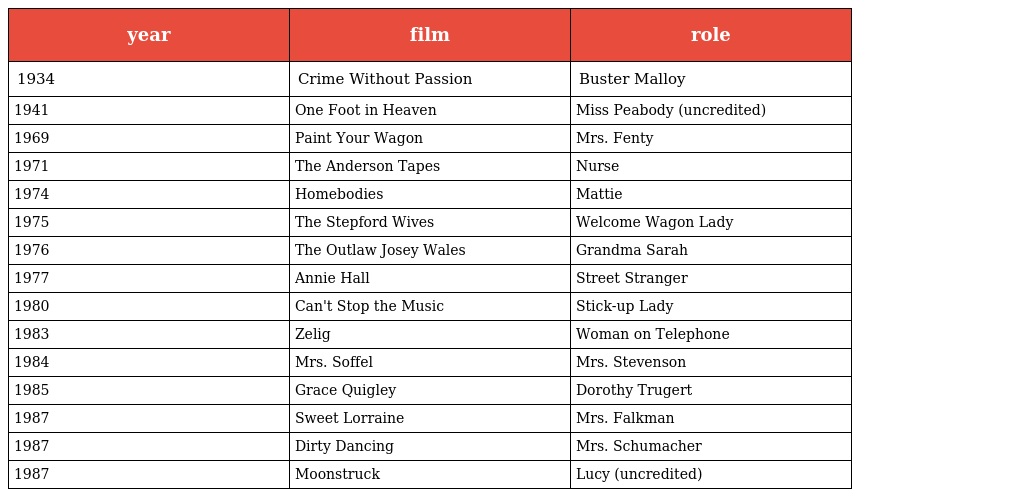
| year | film | role |
 | --- | --- | --- |
 | 1934 | Crime Without Passion | Buster Malloy |
 | 1941 | One Foot in Heaven | Miss Peabody (uncredited) |
 | 1969 | Paint Your Wagon | Mrs. Fenty |
 | 1971 | The Anderson Tapes | Nurse |
 | 1974 | Homebodies | Mattie |
 | 1975 | The Stepford Wives | Welcome Wagon Lady |
 | 1976 | The Outlaw Josey Wales | Grandma Sarah |
 | 1977 | Annie Hall | Street Stranger |
 | 1980 | Can't Stop the Music | Stick-up Lady |
 | 1983 | Zelig | Woman on Telephone |
 | 1984 | Mrs. Soffel | Mrs. Stevenson |
 | 1985 | Grace Quigley | Dorothy Trugert |
 | 1987 | Sweet Lorraine | Mrs. Falkman |
 | 1987 | Dirty Dancing | Mrs. Schumacher |
 | 1987 | Moonstruck | Lucy (uncredited) |